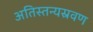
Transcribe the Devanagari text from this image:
अतिस्तन्यस्रवण